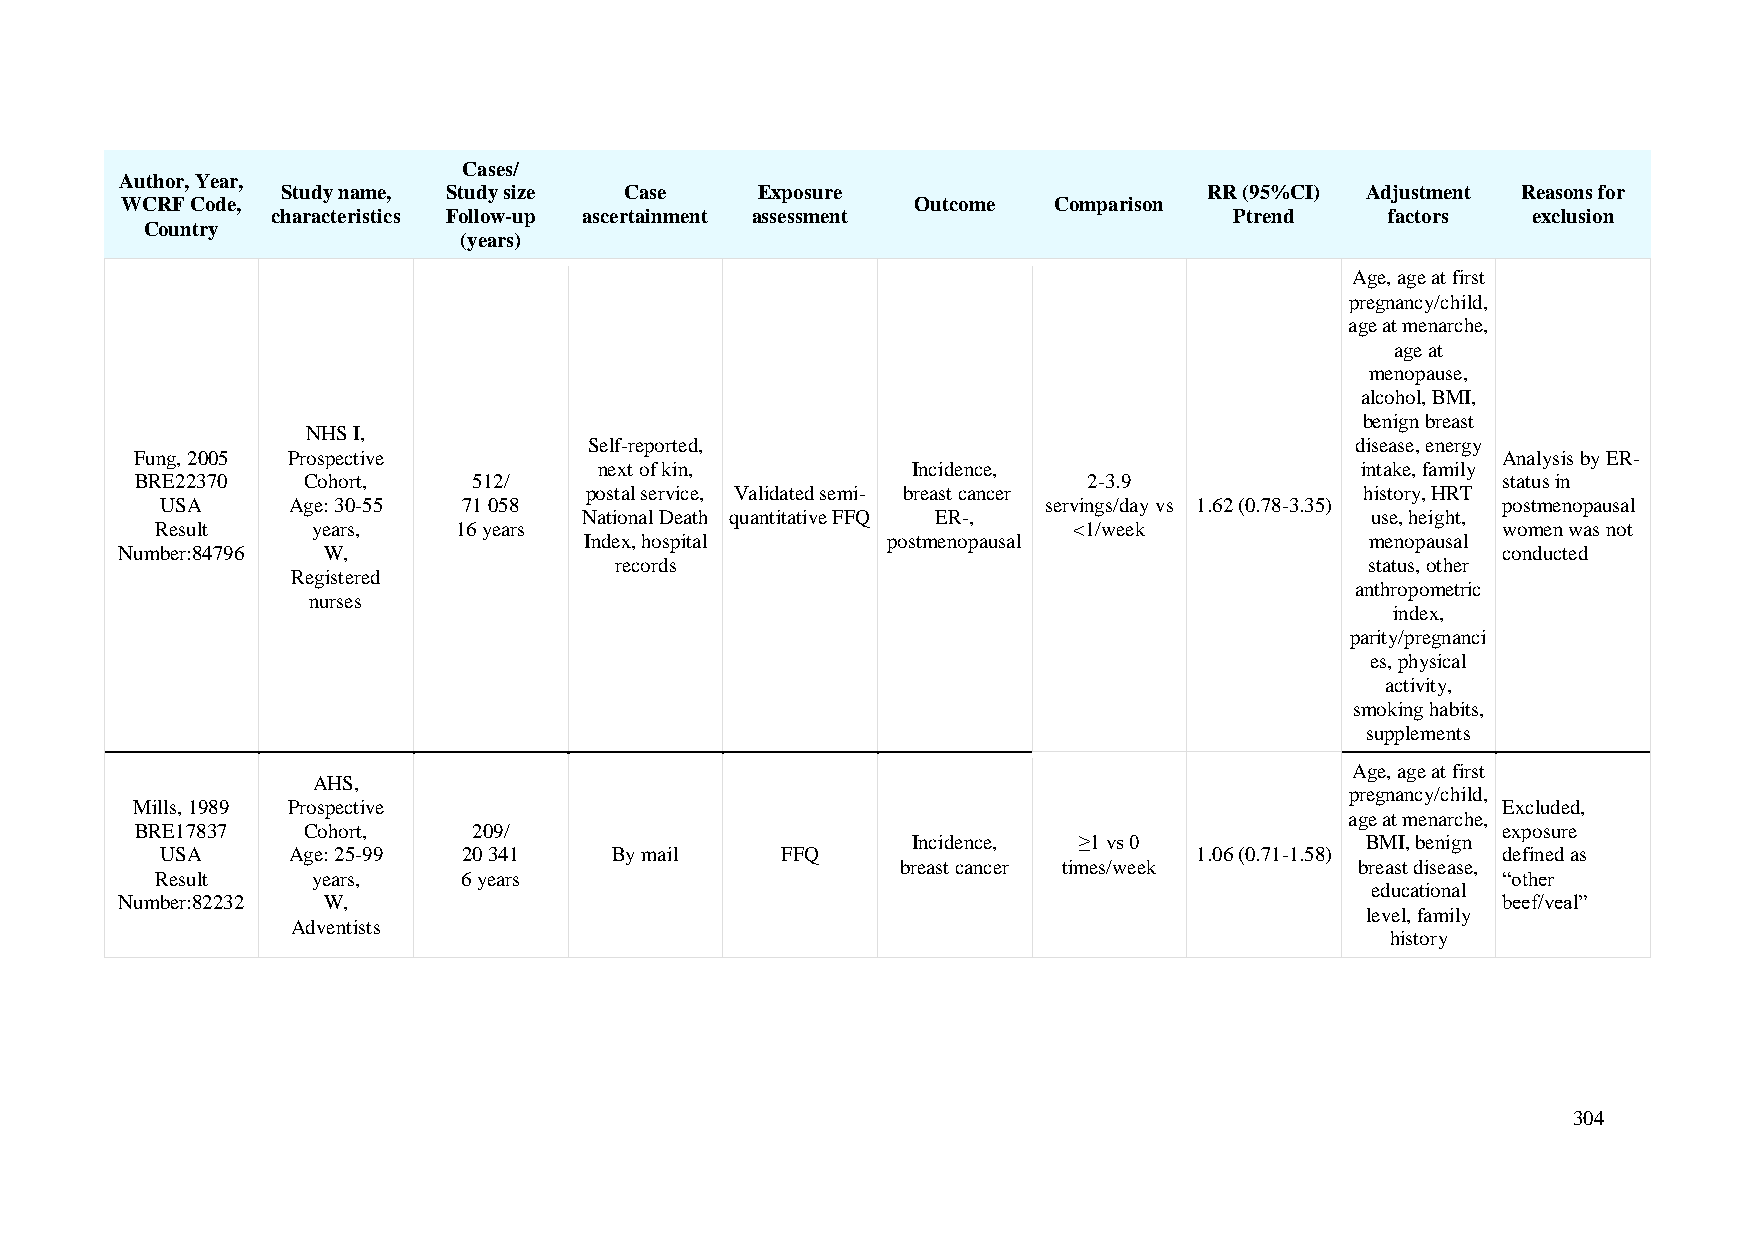
Cases/
 Author, Year,
 Study name, Study size Case    Exposure                      RR (95%CI) Adjustment Reasons for
 WCRF Code,                                           Outcome  Comparison
 characteristics Follow-up ascertainment assessment              Ptrend    factors  exclusion
 Country
 (years)
 Age, age at first
 pregnancy/child,
 age at menarche,
 age at
 menopause,
 alcohol, BMI,
 benign breast
 NHS I,
 Self-reported,                                     disease, energy
 Fung, 2005 Prospective                                                                    Analysis by ER-
 next of kin,        Incidence,                    intake, family
 BRE22370   Cohort,    512/                                     2-3.9                      status in
 postal service, Validated semi- breast cancer      history, HRT
 USA     Age: 30-55  71 058                                servings/day vs 1.62 (0.78-3.35) postmenopausal
 National Death quantitative FFQ ER-,                use, height,
 Result     years,   16 years                                 <1/week                     women was not
 Index, hospital     postmenopausal                  menopausal
 Number:84796 W,                                                                            conducted
 records                                           status, other
 Registered
 anthropometric
 nurses
 index,
 parity/pregnanci
 es, physical
 activity,
 smoking habits,
 supplements
 Age, age at first
 AHS,
 pregnancy/child,
 Mills, 1989 Prospective                                                                   Excluded,
 age at menarche,
 BRE17837   Cohort,    209/                                                                exposure
 Incidence, ≥1 vs 0            BMI, benign
 USA     Age: 25-99  20 341    By mail    FFQ                        1.06 (0.71-1.58)    defined as
 breast cancer times/week      breast disease,
 Result     years,    6 years                                                             “other
 educational
 Number:82232 W,                                                                            beef/veal”
 level, family
 Adventists
 history
 304